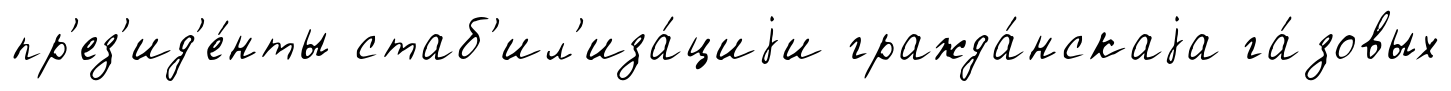
пр'ез'ид'е́нты стаб'ил'иза́циjи гражда́нскаjа га́зовых